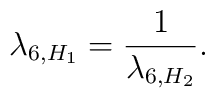
\lambda_{6,H_1} = \frac1{\lambda_{6,H_2}}.